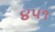
૪૫૧